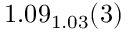
1 . 0 9 _ { 1 . 0 3 } ( 3 )